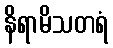
နိရာမိသတရံ